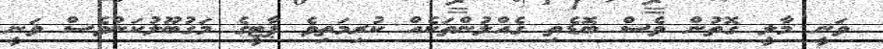
ވަނީ މާލީ ގޮތުން ވެސް ބޮޑެތި ގެއްލުންތަކެއް ކުރިމަތިވެ ޕާޓީގެ މަގުބޫލުކަންވެސް ވަނީ